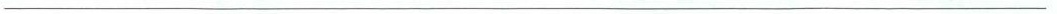
___